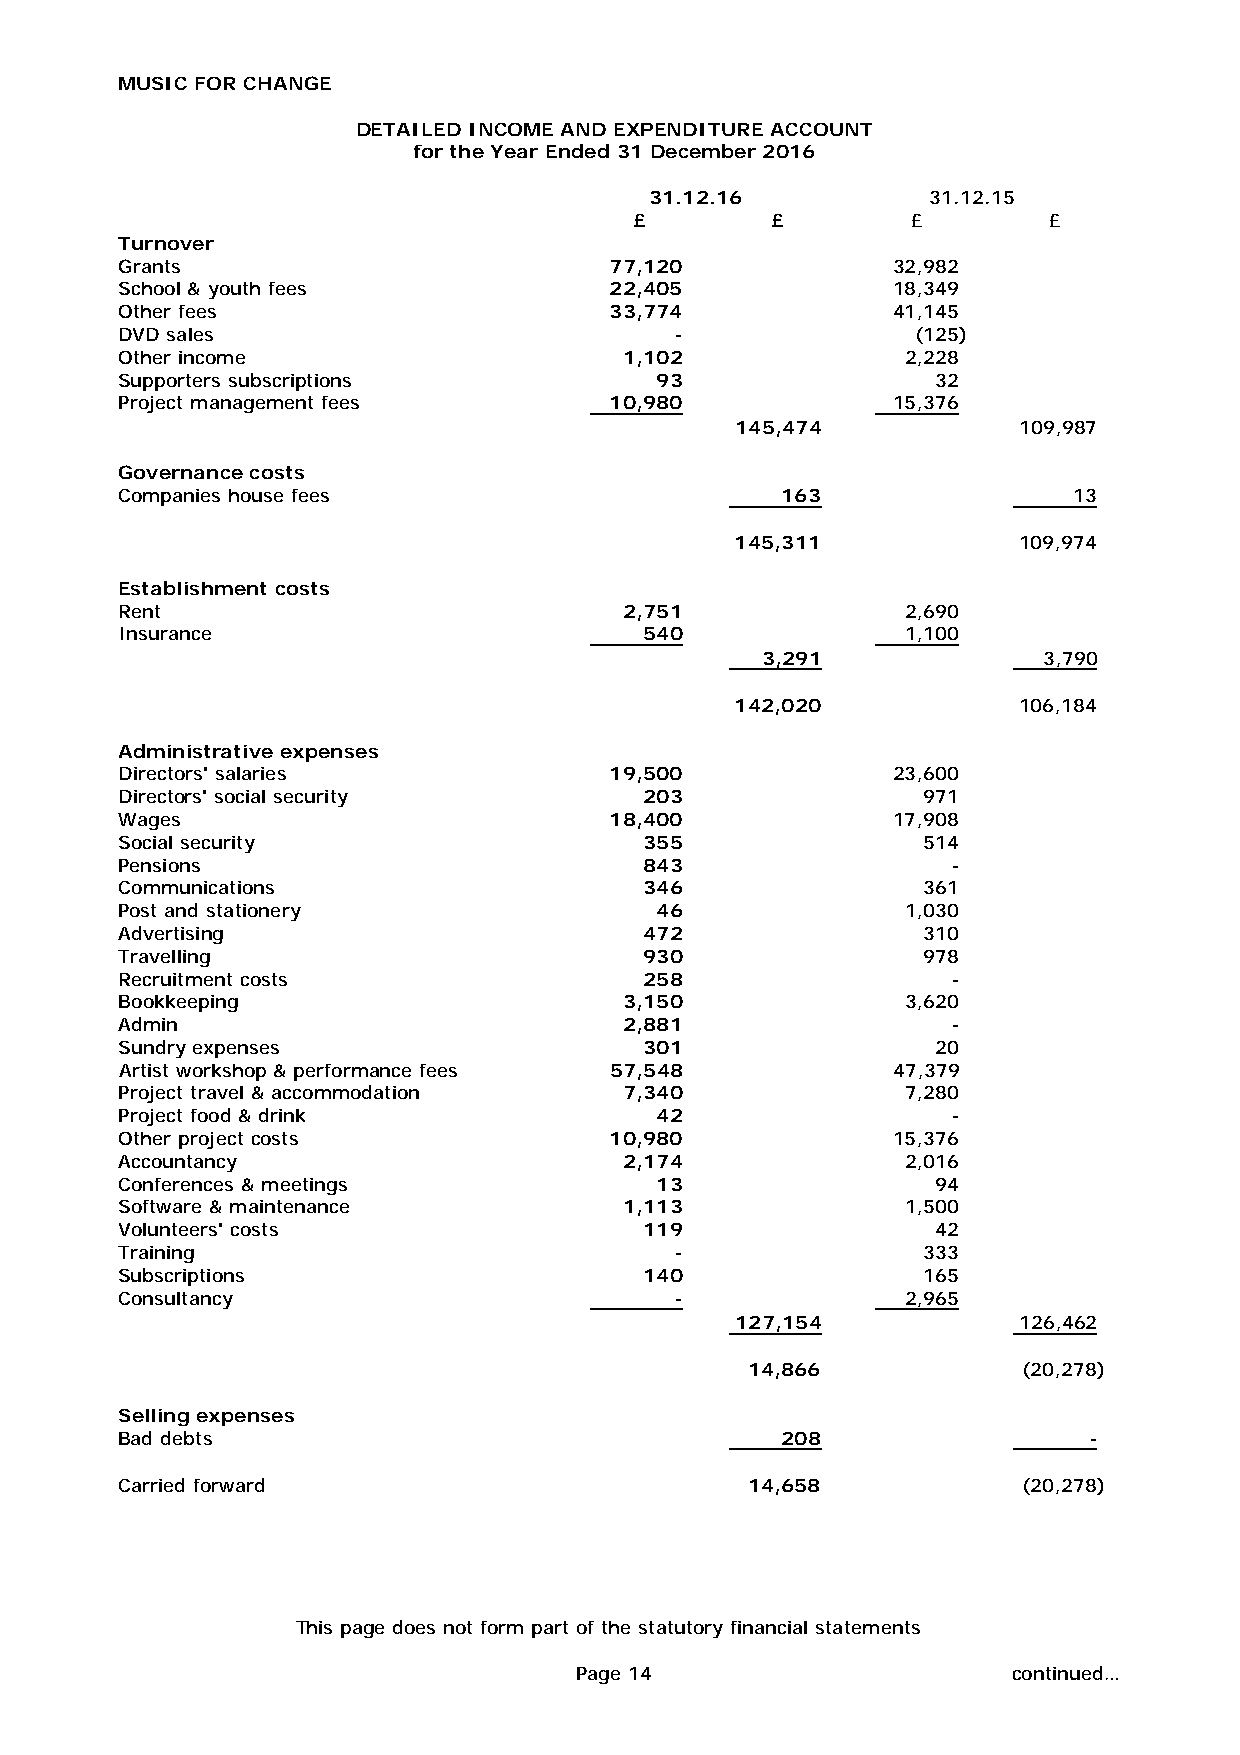
MUSIC FOR CHANGE
 DETAILED INCOME AND EXPENDITURE ACCOUNT
 for the Year Ended 31 December 2016
 31.12.16           31.12.15
 £ £               £ £
 Turnover
 Grants                          77,120             32,982
 School & youth fees             22,405             18,349
 Other fees                      33,774             41,145
 DVD sales                            -               (125)
 Other income                     1,102              2,228
 Supporters subscriptions           93                 32
 Project management fees         10,980             15,376
 145,474           109,987
 Governance costs
 Companies house fees                        163                13
 145,311           109,974
 Establishment costs
 Rent                             2,751              2,690
 Insurance                          540              1,100
 3,291              3,790
 142,020           106,184
 Administrative expenses
 Directors' salaries             19,500             23,600
 Directors' social security         203               971
 Wages                           18,400             17,908
 Social security                    355               514
 Pensions                           843                 -
 Communications                     346               361
 Post and stationery                46               1,030
 Advertising                        472               310
 Travelling                         930               978
 Recruitment costs                  258                 -
 Bookkeeping                      3,150              3,620
 Admin                            2,881                 -
 Sundry expenses                    301                20
 Artist workshop & performance fees 57,548          47,379
 Project travel & accommodation   7,340              7,280
 Project food & drink               42                  -
 Other project costs             10,980             15,376
 Accountancy                      2,174              2,016
 Conferences & meetings             13                 94
 Software & maintenance           1,113              1,500
 Volunteers' costs                  119                42
 Training                             -               333
 Subscriptions                      140               165
 Consultancy                          -              2,965
 127,154           126,462
 14,866             (20,278)
 Selling expenses
 Bad debts                                   208                 -
 Carried forward                          14,658             (20,278)
 This page does not form part of the statutory financial statements
 Page 14               continued…